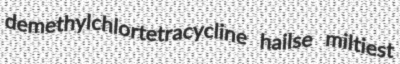
demethylchlortetracycline hailse miltiest